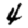
Digit: 4